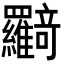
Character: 𦍉